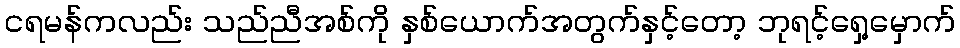
ငရမန်ကလည်း သည်ညီအစ်ကို နှစ်ယောက်အတွက်နှင့်တော့ ဘုရင့်ရှေ့မှောက်